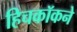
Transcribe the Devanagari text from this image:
हिचकॉकने